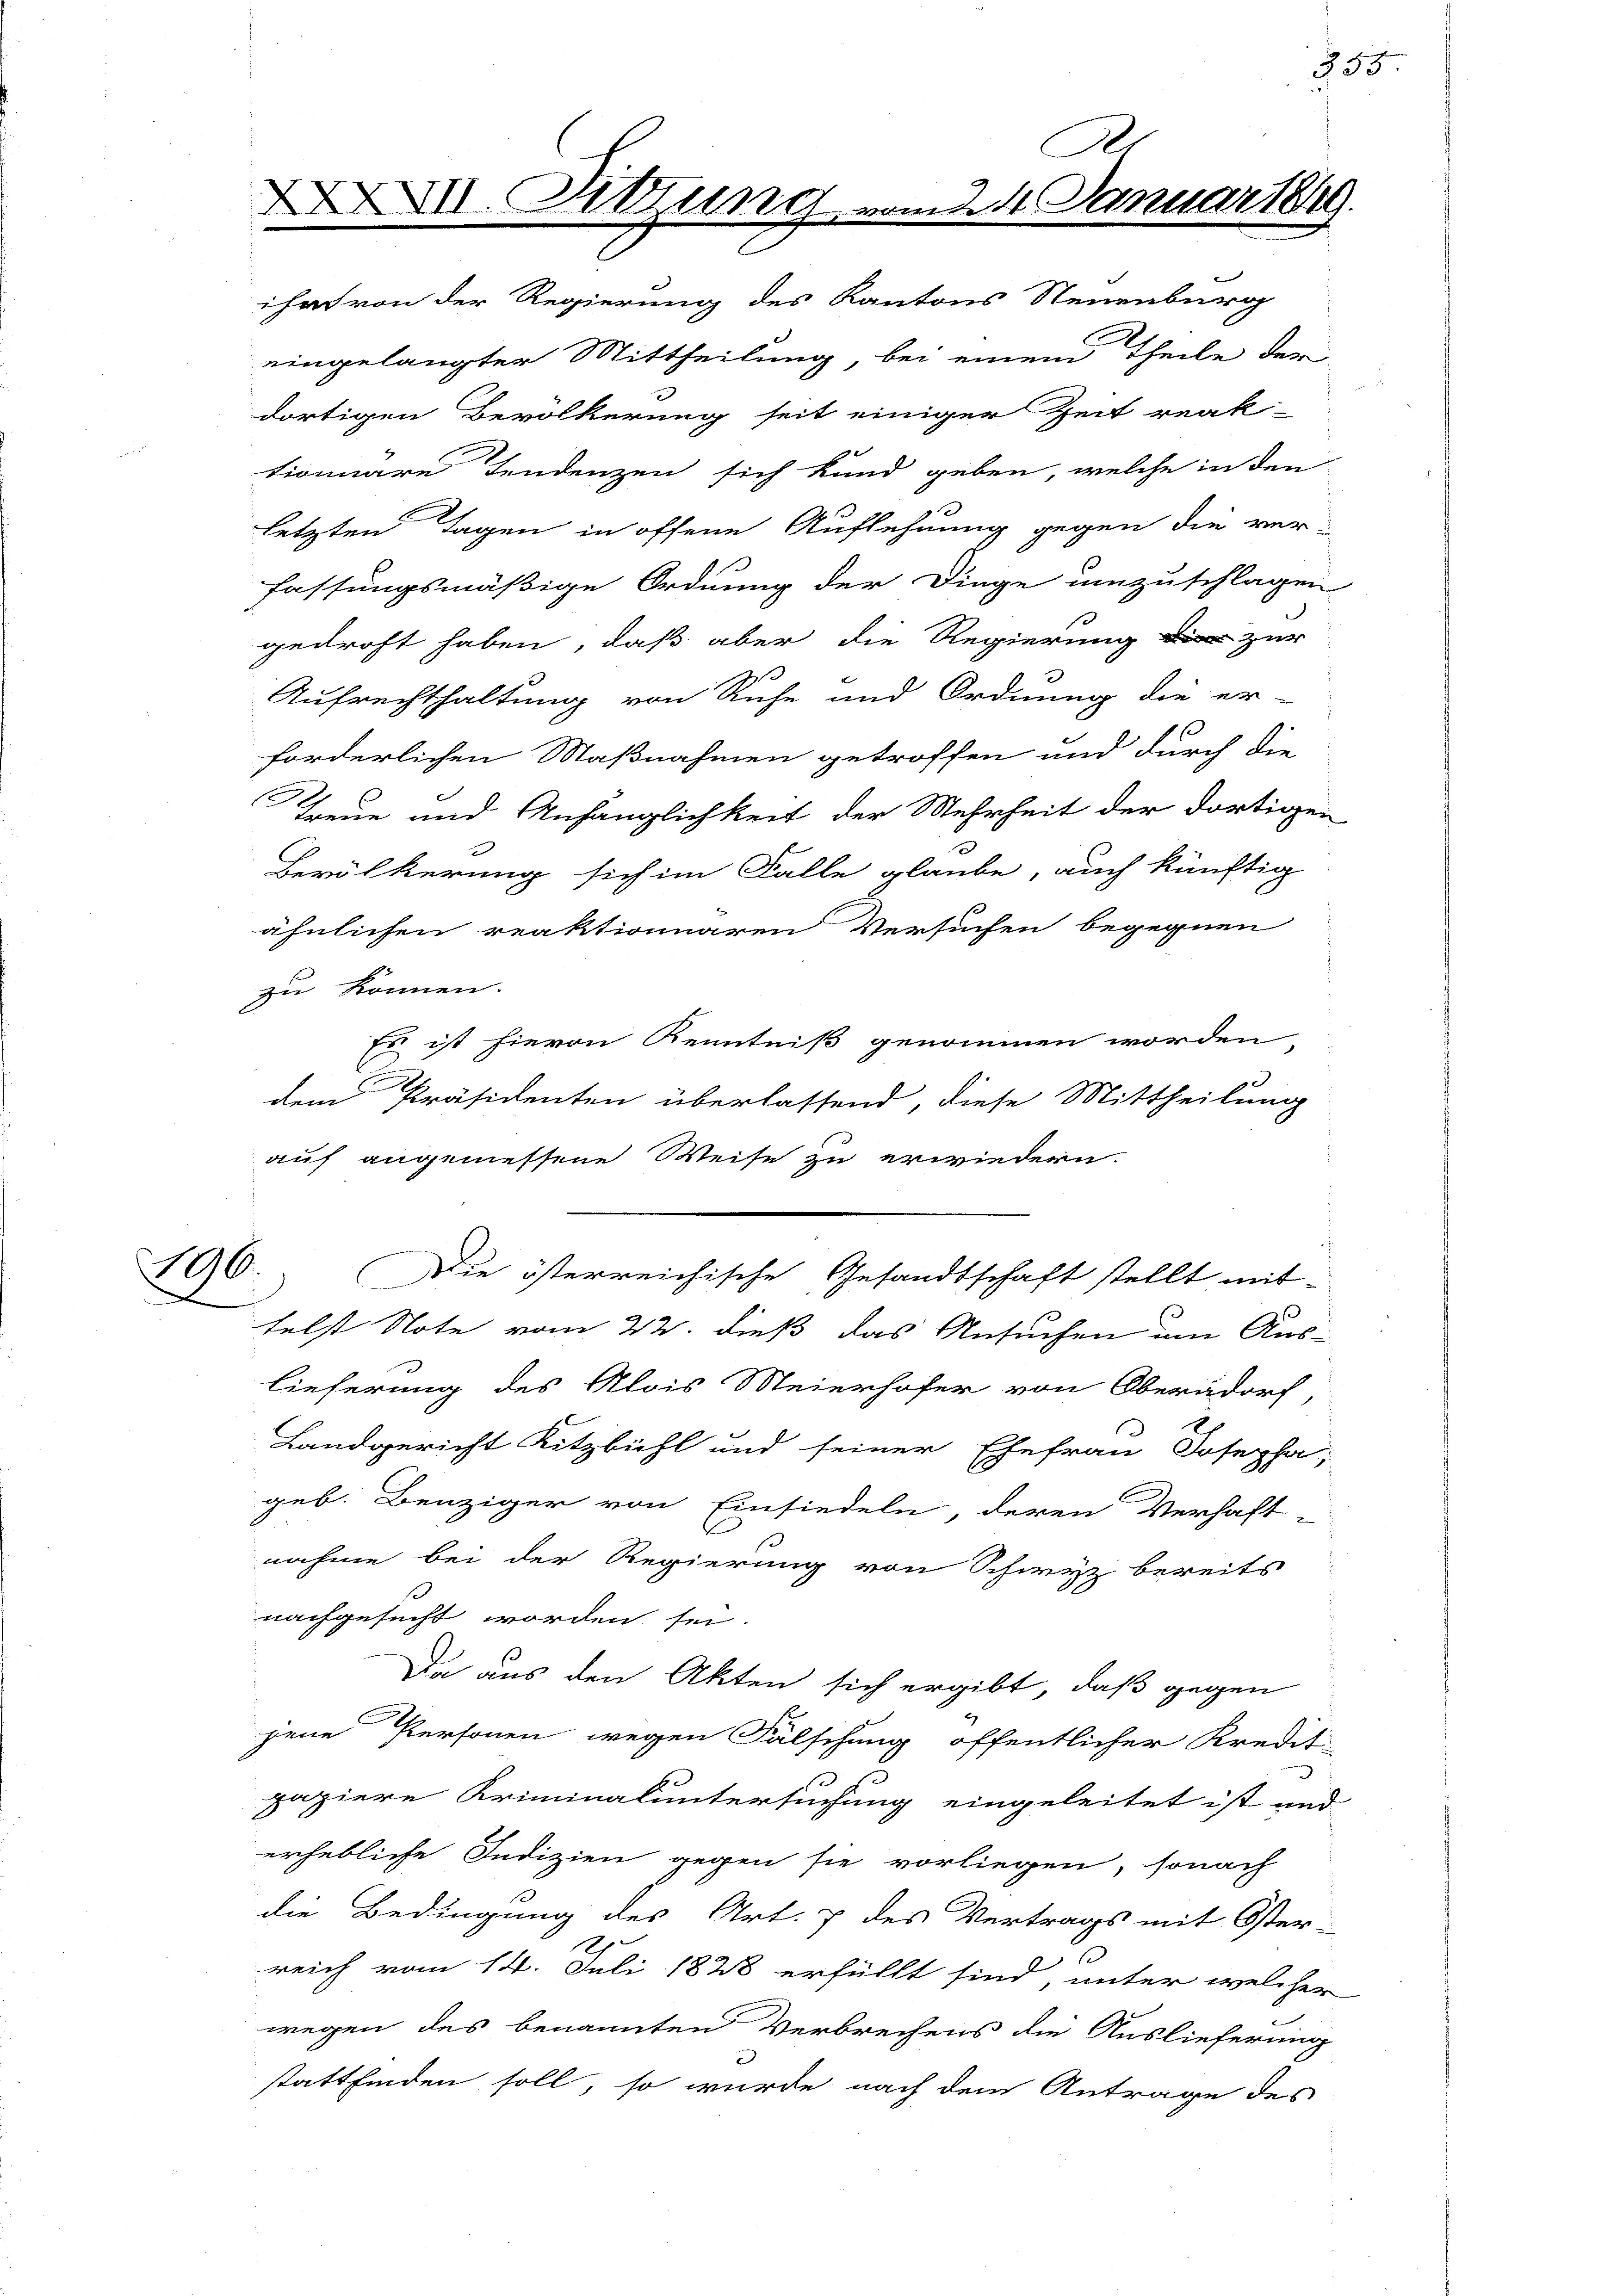
eingelangter Mittheilung, bei einen Theile der
dortigen Bevölkerung seit einiger Zeit reak-
tionnare Tendenzen sich kund geben, welche in den
letzten Tagen in offene Auflehnung gegen die ver-
fassungsmäßige Ordnung der Dinge umzuschlagen
gedroht haben, daß aber die Regierung zur
Aufrechthaltung von Ruhe und Ordnung die er-
forderlichen Maßnahmen getroffen und durch die
Treue und Anhänglichkeit der Mehrheit der dortige
Bevölkerung sich im Falle glaube, auch künftig
ähnlichen reaktionnaren Versuchen begegnen
zu können.
Es ist hievon Kenntniß genommen worden
.
dem Präsidenten überlassend, diese Mittheilung
auf angemessene Weise zu erwiedern.
e
Die österreichische Gesandtschaft stellt mit
d
telst Note vom 22. dieß das Ansuchen um Aus-
lieferung des Alois Meierhofer von Oberndorf,
Landgericht Kitzbühl und seiner Ehefrau Josepha
geb. Benziger von Einsiedeln, deren Verhaft
nahme bei der Regierung von Schwyz bereits
nachgesucht worden sei.
Da aus den Akten sich ergibt, daß gegen
jene Personen wegen Fälschung öffentlicher Kredit
papiere Kriminaluntersuchung eingeleitet ist um
erhebliche Indizien gegen sie vorliegen, sonach
die Bedingung des Art. 7 des Vertrags mit Öster-
s
reich vom 14. Juli 1828 erfüllt sind, unter welche
wegen des benannten Verbrechens die Auslieferung
stattfinden soll, so wurde nach dem Antrage des

196.

R
VII. Sitzung vom 24. Januar.
2
C
ihrt von der Regierung des Kantons Neuenburg

29.

855

d
.
2
7